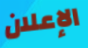
الإعلان